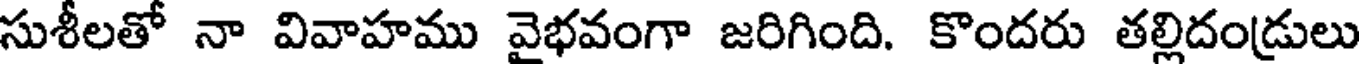
సుశీలతో నా వివాహము వైభవంగా జరిగింది. కొందరు తల్లిదండ్రులు